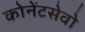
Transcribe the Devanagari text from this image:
कोनेंटसेवो